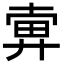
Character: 𢍚